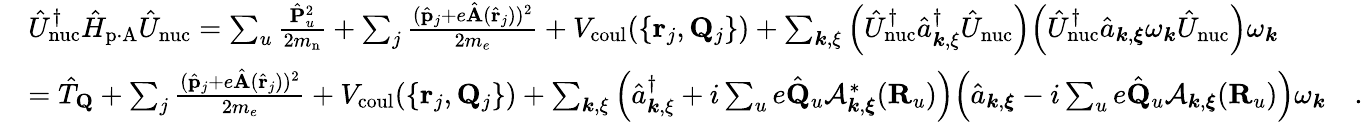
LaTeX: \begin{array}{rl}&{\hat{U}_{\mathrm{nuc}}^{\dagger}\hat{H}_{\mathrm{p\cdot A}}\hat{U}_{\mathrm{nuc}}=\sum_{u}\frac{\hat{\mathbf P}_{u}^{2}}{2m_{\mathrm{n}}}+\sum_{j}\frac{(\hat{\mathbf p}_{j}+e\hat{\mathbf A}(\hat{\mathbf r}_{j}))^{2}}{2m_{e}}+V_{\mathrm{coul}}(\{ {{\mathbf r}_{j},{\mathbf Q}_{j}}\} )+\sum_{{\boldsymbol k},{\mathbf\xi}}\Big(\hat{U}_{\mathrm{nuc}}^{\dagger}\hat{a}_{{\boldsymbol k},{\mathbf\xi}}^{\dagger}\hat{U}_{\mathrm{nuc}}\Big)\Big(\hat{U}_{\mathrm{nuc}}^{\dagger}\hat{a}_{{\boldsymbol k},{\boldsymbol{\xi}}}\omega_{\boldsymbol k}\hat{U}_{\mathrm{nuc}}\Big)\omega_{\boldsymbol k}}\\ &{=\hat{T}_{\mathbf Q}+\sum_{j}\frac{(\hat{\mathbf p}_{j}+e\hat{\mathbf A}(\hat{\mathbf r}_{j}))^{2}}{2m_{e}}+V_{\mathrm{coul}}(\{ {{\mathbf r}_{j},{\mathbf Q}_{j}}\} )+\sum_{{\boldsymbol k},{\mathbf\xi}}\Big(\hat{a}_{{\boldsymbol k},{\mathbf\xi}}^{\dagger}+i\sum_{u}e\hat{\mathbf Q}_{u}\mathcal{A}_{{\boldsymbol k},{\boldsymbol\xi}}^{*}({\mathbf R}_{u})\Big)\Big(\hat{a}_{{\boldsymbol k},{\boldsymbol{\xi}}}-i\sum_{u}e\hat{\mathbf Q}_{u}\mathcal{A}_{{\boldsymbol k},{\boldsymbol\xi}}({\mathbf R}_{u})\Big)\omega_{\boldsymbol k}~~~~.}\end{array}